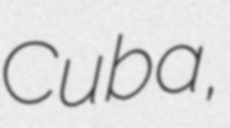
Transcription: Cuba,